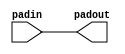
module PADIN (output padout, input padin);
   assign padout = padin;
endmodule